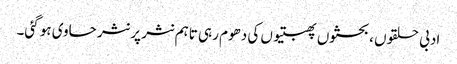
ادبی حلقوں ، بحثوں پھبتیوں کی دھوم رہی تاہم نثر پر نثر حاوی ہو گئی۔